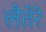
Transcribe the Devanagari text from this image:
लैतेरे